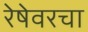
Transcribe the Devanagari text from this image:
रेषेवरचा